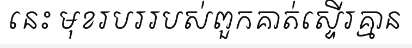
នេះ មុខរបររបស់ពួកគាត់ស្ទើរគ្មាន